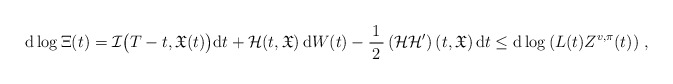
\begin{align*}\mathrm{d}\log \Xi(t)= {\mathcal{I}}\big(T-t,\mathfrak{X}(t)\big)\mathrm{d}t+\mathcal{H}(t,\mathfrak{X})\, \mathrm{d}W(t)-\frac{1}{\,2\,}\left( \mathcal{H}\mathcal{H}'\right) (t,\mathfrak{X})\, \mathrm{d}t \le \mathrm{d}\log \left( L(t)Z^{v,\pi}(t)\right)\,,\end{align*}